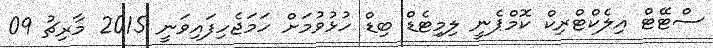
ސްޓޭޓް އިލެކްޓްރިކް ކޮމްޕެނީ ލިމިޓެޑް ބިޑް ހުޅުވުމަށް ހަމަޖެހިފައިވަނީ 2015 މާރިޗު 09